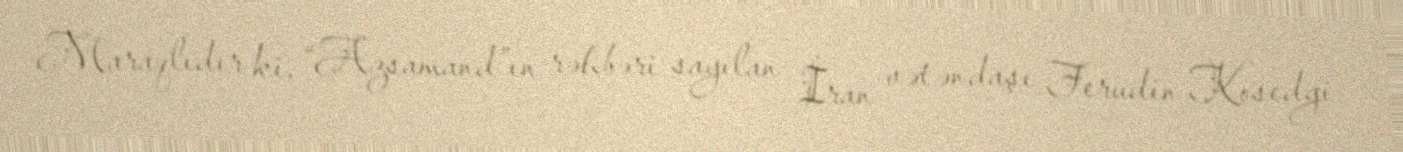
Maraqlıdır ki, “Azsamand”ın rəhbəri sayılan İran vətəndaşı Ferudin Kosedgi